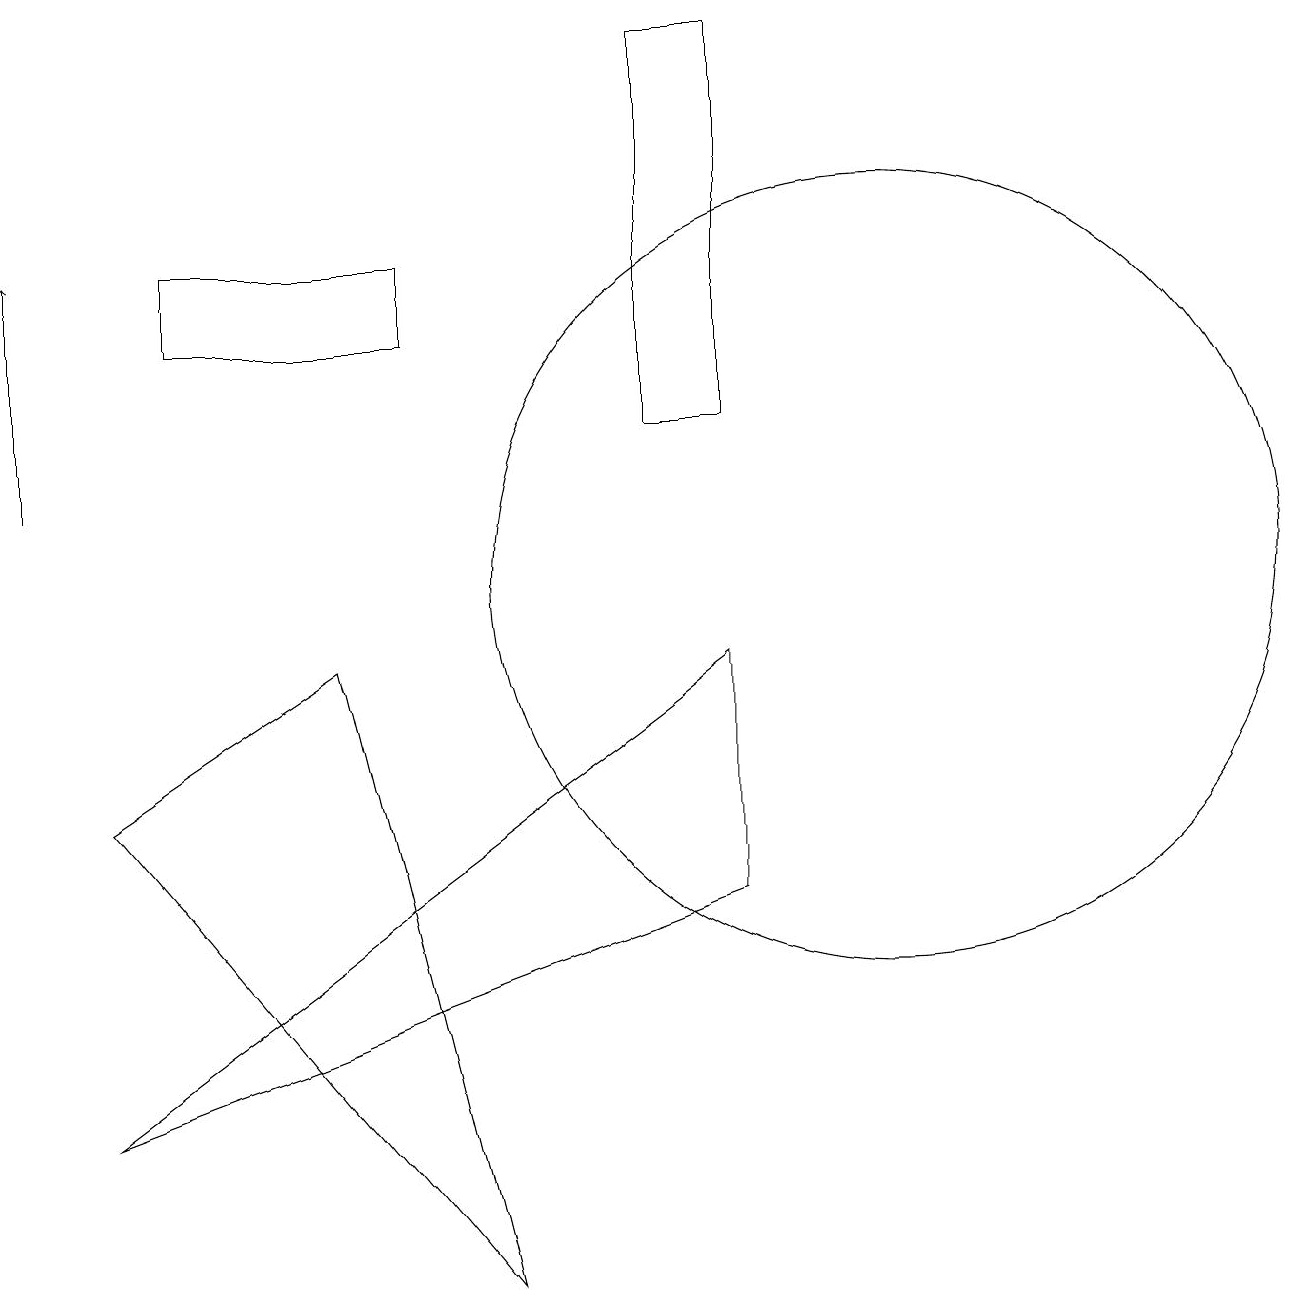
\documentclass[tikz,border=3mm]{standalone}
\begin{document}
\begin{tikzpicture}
\draw[->] (0,11) -- (0,14);
\draw (2,13) rectangle (5,14);
\draw (9,6) -- (9,9) -- (1,3) -- cycle;
\draw (1,7) -- (4,9) -- (6,1) -- cycle;
\draw (8,12) rectangle (9,17);
\draw (11,10) circle (5);
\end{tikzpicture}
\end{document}